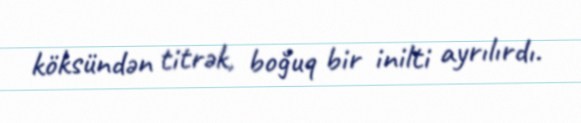
köksündən titrək, boğuq bir inilti ayrılırdı.